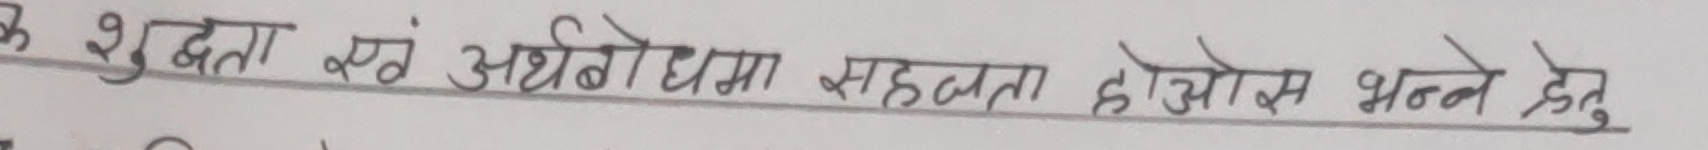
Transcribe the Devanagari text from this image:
शुद्धता एवं अर्थबोधमा सहजता होओस भन्न्ने हेतु